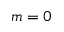
m = 0